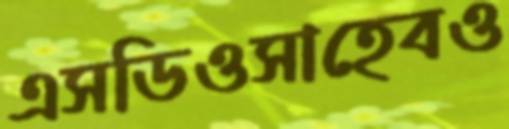
এসডিওসাহেবও